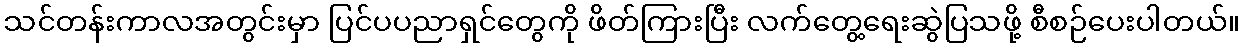
သင်တန်းကာလအတွင်းမှာ ပြင်ပပညာရှင်တွေကို ဖိတ်ကြားပြီး လက်တွေ့ရေးဆွဲပြသဖို့ စီစဉ်ပေးပါတယ်။